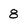
Character: 8